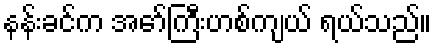
နန်းခင်က အော်ကြီးဟစ်ကျယ် ရယ်သည်။